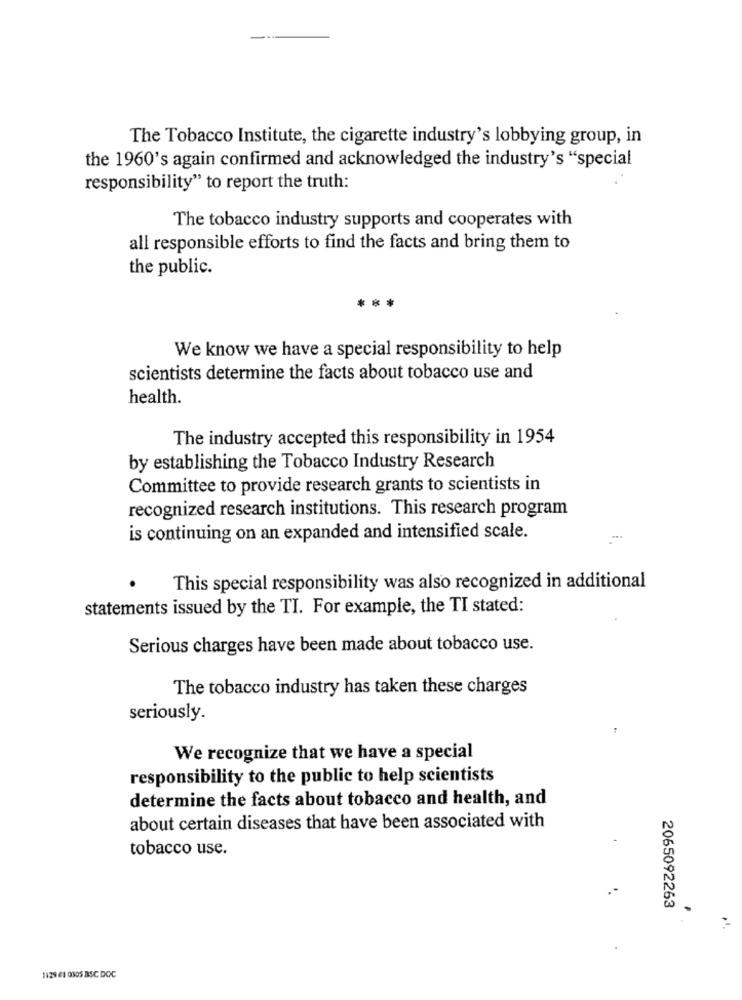
The Tobacco Institute, the cigarette industry's lobbying group, in
the 1960's again confirmed and acknowledged the industry's "special
responsibility" to report the truth:
The tobacco industry supports and cooperates with
all responsible efforts to find the facts and bring them to
the public.
We know we have a special responsibility to help
scientists determine the facts about tobacco use and
health.
The industry accepted this responsibility in 1954
by establishing the Tobacco Industry Research
Committee to provide research grants to scientists in
recognized research institutions. This research program
is continuing on an expanded and intensified scale.
This special responsibility was also recognized in additional
statements issued by the TI. For example, the TI stated:
Serious charges have been made about tobacco use.
The tobacco industry has taken these charges
seriously.
We recognize that we have a special
responsibility to the public to help scientists
determine the facts about tobacco and health, and
about certain diseases that have been associated with
tobacco use.
2065092263
1129 61 0305 BSC DOC